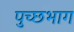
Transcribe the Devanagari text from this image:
पुच्छभाग